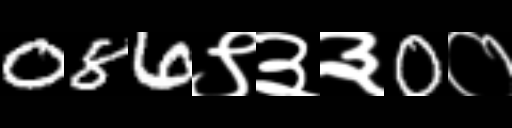
Text: 086९३३0०